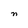
Character: n